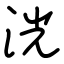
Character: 洸